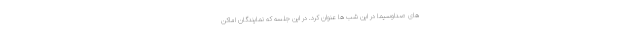
های صداوسیما در این شب ها عنوان کرد. در این جلسه که نمایندگان اماکن